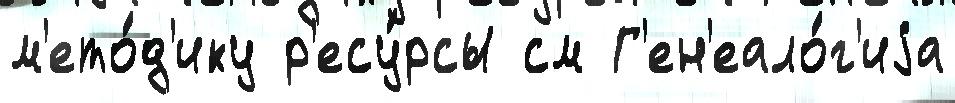
м'ето́д'ику р'есу́рсы см Г'ен'еало́г'иjа